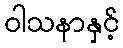
ဝါသနာနှင့်